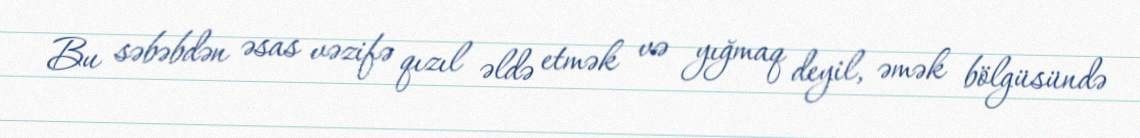
Bu səbəbdən əsas vəzifə qızıl əldə etmək və yığmaq deyil, əmək bölgüsündə